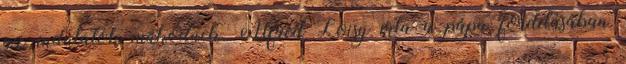
az indulatok működnek. Alfred Loisy írta a pápa fordításában